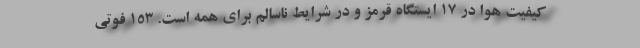
کیفیت هوا در ۱۷ ایستگاه قرمز و در شرایط ناسالم برای همه است. ۱۵۳ فوتی